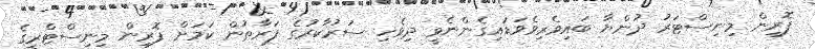
ފޮރިން މިނިސްޓަރު ދުންޔާ ބައިވެރިވެވަޑައިގެންނެވީ ދިވެހި ސަރުކާރުގެ ފަރާތުން ކަމަށް ފޮރިން މިނިސްޓްރީގެ